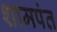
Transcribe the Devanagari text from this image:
शामपंत